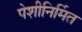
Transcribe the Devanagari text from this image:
पेशीनिर्मित